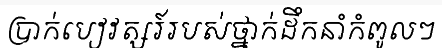
ប្រាក់បៀវត្សរ៍របស់ថ្នាក់ដឹកនាំកំពូលៗ